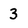
Character: 3